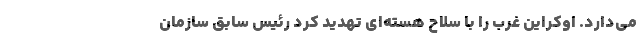
می‌دارد. اوکراین غرب را با سلاح هسته‌ای تهدید کرد رئیس سابق سازمان